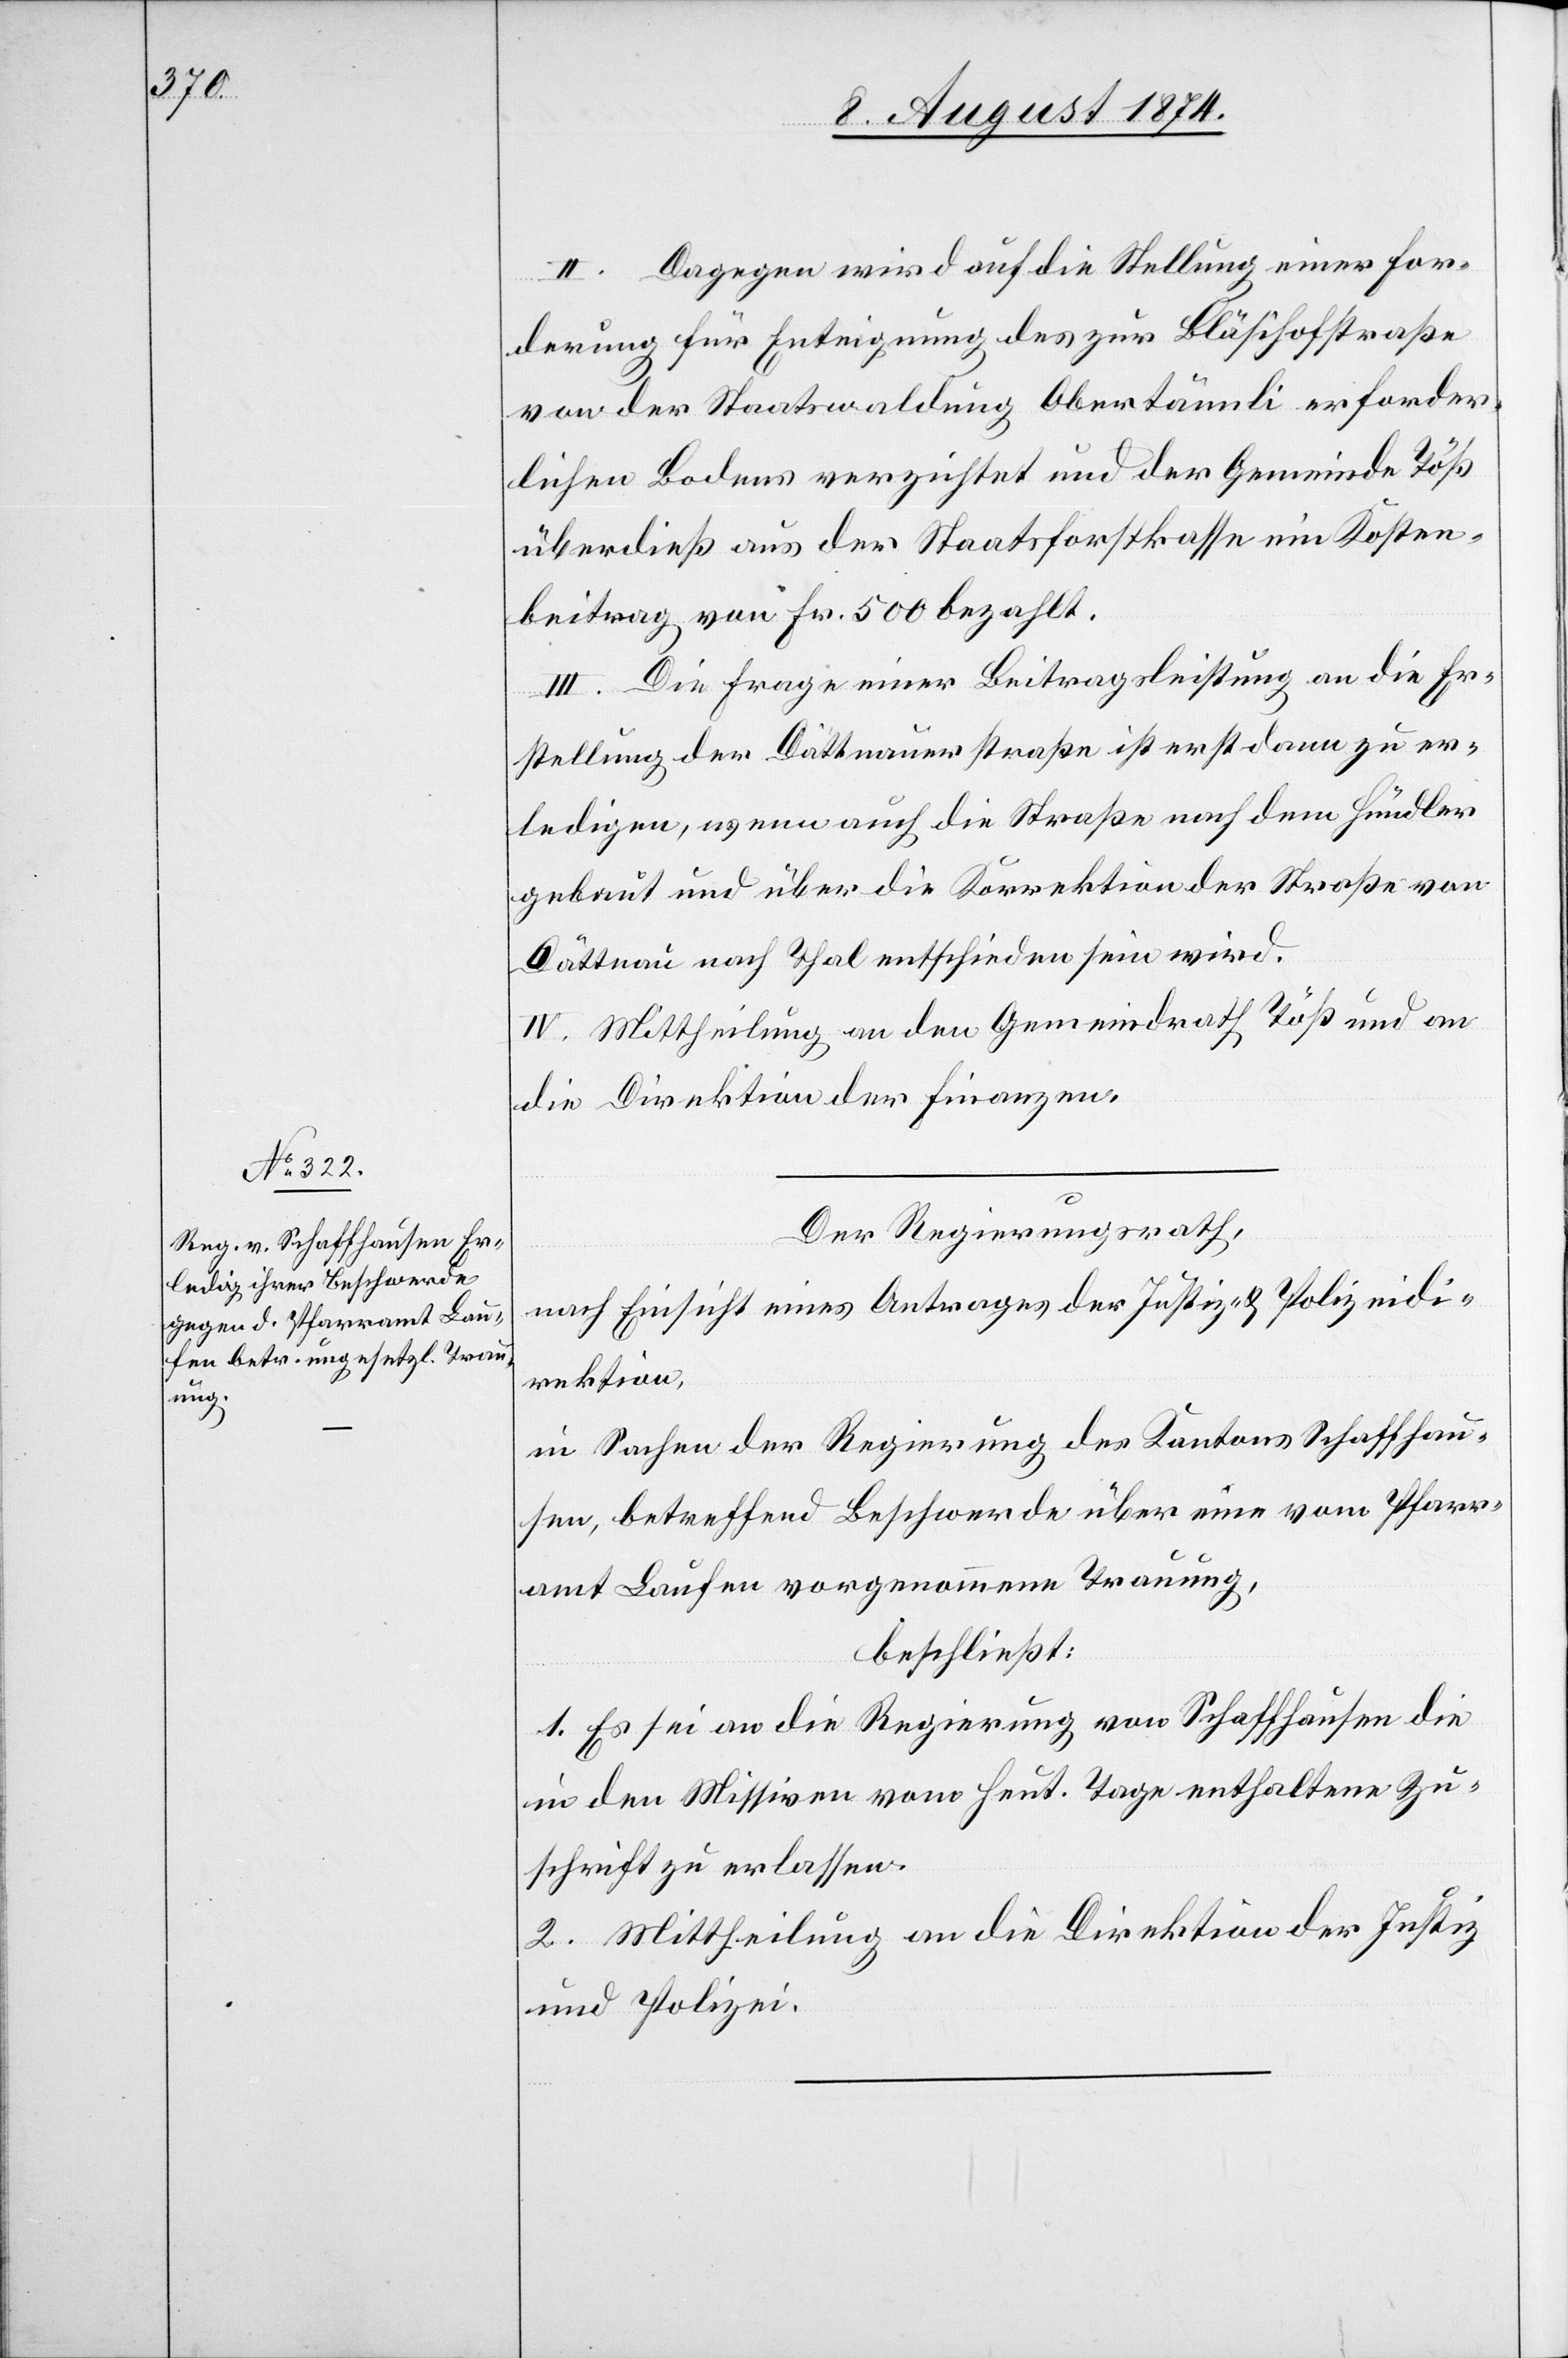
II. Dagegen wird auf die Stellung einer For¬
derung für Enteignung des zur Bläsihofstraße
von der Staatswaldung Obertännli erforder¬
lichen Bodens verzichtet und der Gemeinde Töß
überdieß aus der Staatsforstkasse ein Kosten¬
beitrag von Fr. 500 bezahlt.
III. Die Frage einer Beitragsleistung an die Er¬
stellung der Dättnauerstraße ist erst dann zu er¬
ledigen, wenn auch die Straße nach dem Hündler
gebaut und über die Korrektion der Straße von
Dättnau nach Thal entschieden sein wird.
IV. Mittheilung an den Gemeindrath Töß und an
die Direktion der Finanzen.
Der Regierungsrath,
nach Einsicht eines Antrages der Justiz- u. Polizeidi¬
rektion,
in Sachen der Regierung des Kantons Schaffhau¬
sen, betreffend Beschwerde über eine vom Pfarr¬
amt Laufen vorgenommene Trauung,
beschließt:
1. Es sei an die Regierung von Schaffhausen die
in den Missiven vom heut. Tage enthaltene Zu¬
schrift zu erlassen.
2. Mittheilung an die Direktion der Justiz
und Polizei.